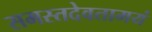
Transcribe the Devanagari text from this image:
समस्तदेवतामयं